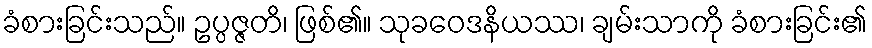
ခံစားခြင်းသည်။ ဥပ္ပဇ္ဇတိ၊ ဖြစ်၏။ သုခဝေဒနိယဿ၊ ချမ်းသာကို ခံစားခြင်း၏